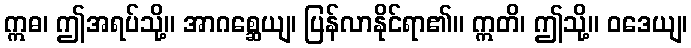
ဣဓ၊ ဤအရပ်သို့။ အာဂစ္ဆေယျ၊ ပြန်လာနိုင်ရာ၏။ ဣတိ၊ ဤသို့။ ဝဒေယျ၊